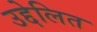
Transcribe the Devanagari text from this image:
उद्देलित